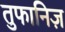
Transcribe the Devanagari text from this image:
तुफानिज़